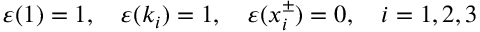
\varepsilon ( 1 ) = 1 , \quad \varepsilon ( k _ { i } ) = 1 , \quad \varepsilon ( x _ { i } ^ { \pm } ) = 0 , \quad i = 1 , 2 , 3